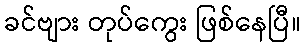
ခင်ဗျား တုပ်ကွေး ဖြစ်နေပြီ။